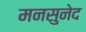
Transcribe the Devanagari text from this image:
मनसुनेद